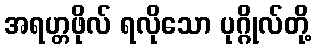
အရဟ္တဖိုလ် ရလိုသော ပုဂ္ဂိုလ်တို့